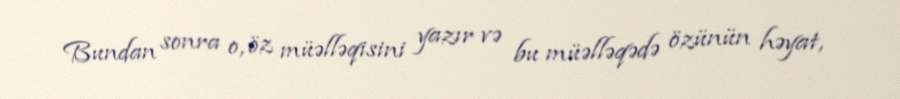
Bundan sonra o, öz müəlləqisini yazır və bu müəlləqədə özünün həyat,